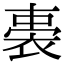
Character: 𧚐